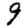
Digit: 9